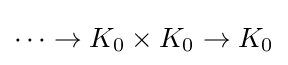
\dots \rightarrow K_{0}\times K_{0}\rightarrow K_{0}